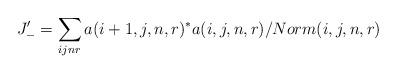
LaTeX: \begin{align*}J_-'=\sum_{ijnr}a(i+1,j,n,r)^*a(i,j,n,r)/Norm(i,j,n,r)\end{align*}